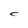
Character: C